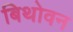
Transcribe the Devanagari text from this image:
बिथोवन